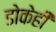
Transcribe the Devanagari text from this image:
डोकेही